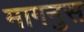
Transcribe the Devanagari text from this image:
मागनुस